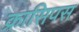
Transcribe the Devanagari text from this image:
क्रासिपस